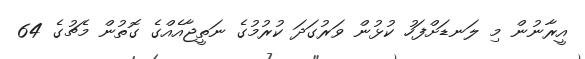
އީރާނުން މި ލަނޑަށްފަހު ކުޅުން ވަރުގަދަ ކުރުމުގެ ނަތީޖާއެއްގެ ގޮތުން މެޗުގެ 64